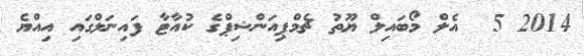
2014 5  އެލް މޯބައިލް ޔޫތު ޗެމްޕިއަންޝިޕްގެ ކުއާޓާ ފައިނަލްގައި އިއްޔެ